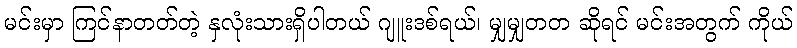
မင်းမှာ ကြင်နာတတ်တဲ့ နှလုံးသားရှိပါတယ် ဂျူးဒစ်ရယ်၊ မျှမျှတတ ဆိုရင် မင်းအတွက် ကိုယ်